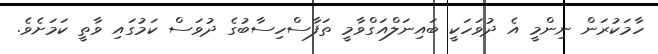
ހާމަކުރަން ނިންމީ އެ ދުވަހަކީ ބައިނަލްއަގްވާމީ ތަފާސްހިސާބުގެ ދުވަސް ކަމުގައި ވާތީ ކަމަށެވެ.